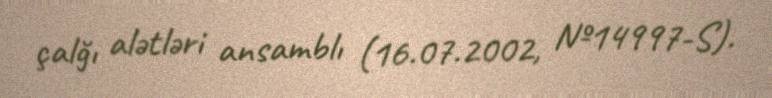
çalğı alətləri ansamblı (16.07.2002, №14997-S).